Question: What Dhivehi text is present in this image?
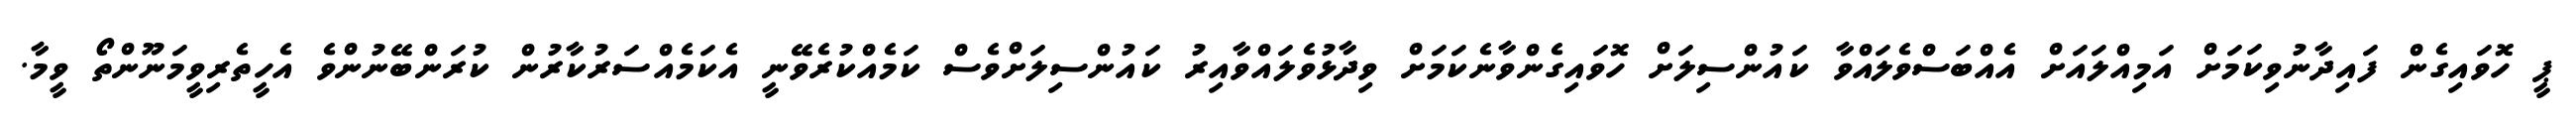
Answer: ޕީ ހޮވައިގެން ފައިދާނުވިކަމަށް އަމިއްލައަށް އެއްބަސްވެލައްވާ ކައުންސިލަށް ހޮވައިގެންވާނެކަމަށް ވިދާޅުވެލައްވާއިރު ކައުންސިލަށްވެސް ކަމެއްކުރެވޭނީ އެކަމެއްސަރުކާރުން ކުރަންބޭނުންވެ އެހީތެރިވީމަނޫންތޯ ވީމާ.